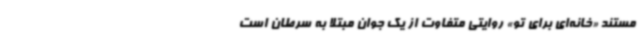
مستند «خانه‌ای برای تو» روایتی متفاوت از یک جوان مبتلا به سرطان است